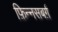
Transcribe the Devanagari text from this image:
फ़िन्नसबर्ग़